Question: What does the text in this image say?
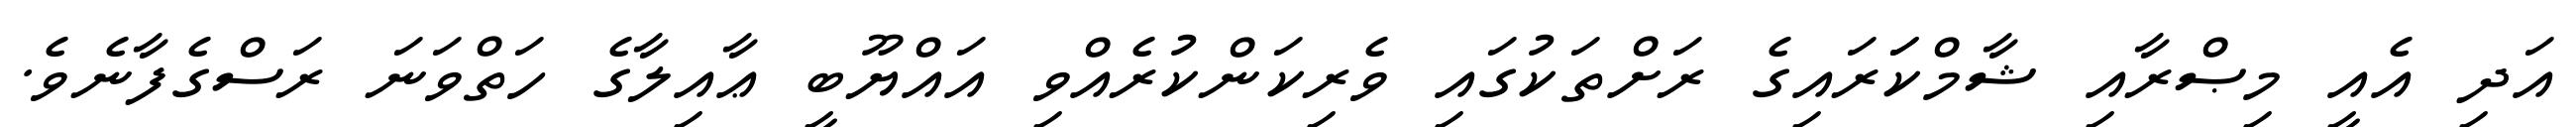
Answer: އަދި އެއީ މިޞްރާއި ޝާމްކަަރައިގެ ރަށްތަކުގައި ވެރިކަންކުރެއްވި އައްޔޫބީ ޢާއިލާގެ ހަތްވަނަ ރަސްގެފާނެވެ.